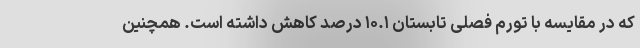
که در مقایسه با تورم فصلی تابستان ۱۰.۱ درصد کاهش داشته است. همچنین